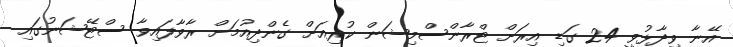
އޭނާ ވިދާޅުވީ 24 ގަޑި އިރަށް ޓްރާންސްމިޝަން ކުރިއަށް ގެންދިއުމަށް ރާވާފައިވާ ސްޓޭޝަނުގައި